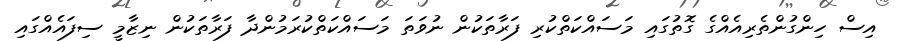
އިސް ހިންގުންތެރިއެއްގެ ގޮތުގައި މަސައްކަތްކުރި ފަރާތަކުން ނުވަތަ މަސައްކަތްކުރަމުންދާ ފަރާތަކުން ނިޒާމީ ސިފައެއްގައި